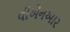
વીએનઆર